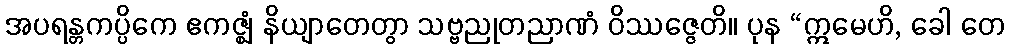
အပရန္တကပ္ပိကေ ဧကဇ္ဈံ နိယျာတေတွာ သဗ္ဗညုတညာဏံ ဝိဿဇ္ဇေတိ။ ပုန “ဣမေဟိ, ခေါ တေ